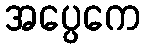
အပ္ပေကေ